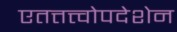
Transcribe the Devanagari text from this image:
एतत्तत्त्वोपदेशेन